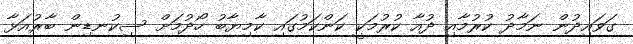
ގަވައިދުން ނަމާދު ކުރުމާއި ދުއާ ކުރުމަކީ ކަންކަމުގައި ކާމިޔާބު ހޯދުމަށް ސިކުނޑިން ބާރުއަޅާ